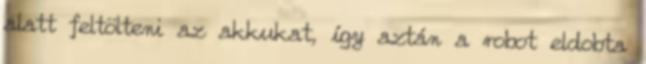
alatt feltölteni az akkukat, így aztán a robot eldobta